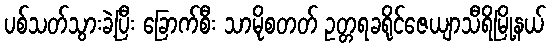
ပစ်သတ်သွားခဲ့ပြီး ခြောက်စီး သာမိုစတတ် ဥတ္တရခရိုင်ဇေယျာသီရိမြို့နယ်